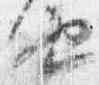
由